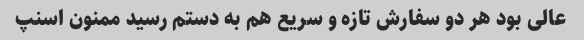
عالی بود هر دو سفارش تازه و سریع هم به دستم رسید ممنون اسنپ